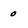
Character: 0